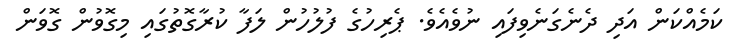
ކަމެއްކަން އަދި ދެނެގަނެވިފައި ނުވެއެވެ. ޕެރިހުގެ ފުލުހުން ލަފާ ކުރާގޮތުގައި މިގޮވުން ގޮވަން